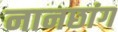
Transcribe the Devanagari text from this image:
नानछांग